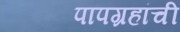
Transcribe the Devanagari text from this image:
पापग्रहांची